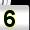
Digit: 5